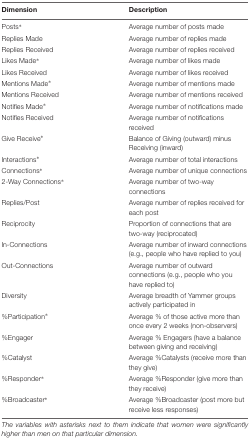
<table><thead><tr><td><b>Dimension</b></td><td><b>Description</b></td></tr></thead><tbody><tr><td>Posts<sup>∗</sup></td><td>Average number of posts made</td></tr><tr><td>Replies Made</td><td>Average number of replies made</td></tr><tr><td>Replies Received</td><td>Average number of replies received</td></tr><tr><td>Likes Made<sup>∗</sup></td><td>Average number of likes made</td></tr><tr><td>Likes Received</td><td>Average number of likes received</td></tr><tr><td>Mentions Made<sup>∗</sup></td><td>Average number of mentions made</td></tr><tr><td>Mentions Received</td><td>Average number of mentions received</td></tr><tr><td>Notifies Made<sup>∗</sup></td><td>Average number of notifications made</td></tr><tr><td>Notifies Received</td><td>Average number of notifications received</td></tr><tr><td>Give Receive<sup>∗</sup></td><td>Balance of Giving (outward) minus Receiving (inward)</td></tr><tr><td>Interactions<sup>∗</sup></td><td>Average number of total interactions</td></tr><tr><td>Connections<sup>∗</sup></td><td>Average number of unique connections</td></tr><tr><td>2-Way Connections<sup>∗</sup></td><td>Average number of two-way connections</td></tr><tr><td>Replies/Post</td><td>Average number of replies received for each post</td></tr><tr><td>Reciprocity</td><td>Proportion of connections that are two-way (reciprocated)</td></tr><tr><td>In-Connections</td><td>Average number of inward connections (e.g., people who have replied to you)</td></tr><tr><td>Out-Connections</td><td>Average number of outward connections (e.g., people who you have replied to)</td></tr><tr><td>Diversity</td><td>Average breadth of Yammer groups actively participated in</td></tr><tr><td>%Participation<sup>∗</sup></td><td>Average % of those active more than once every 2 weeks (non-observers)</td></tr><tr><td>%Engager</td><td>Average % Engagers (have a balance between giving and receiving)</td></tr><tr><td>%Catalyst</td><td>Average %Catalysts (receive more than they give)</td></tr><tr><td>%Responder<sup>∗</sup></td><td>Average %Responder (give more than they receive)</td></tr><tr><td>%Broadcaster<sup>∗</sup></td><td>Average %Broadcaster (post more but receive less responses)</td></tr></tbody></table>